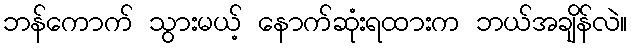
ဘန်ကောက် သွားမယ့် နောက်ဆုံးရထားက ဘယ်အချိန်လဲ။